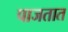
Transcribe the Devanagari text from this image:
पाजतात